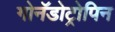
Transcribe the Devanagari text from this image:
गोनॅडोट्रोपिन